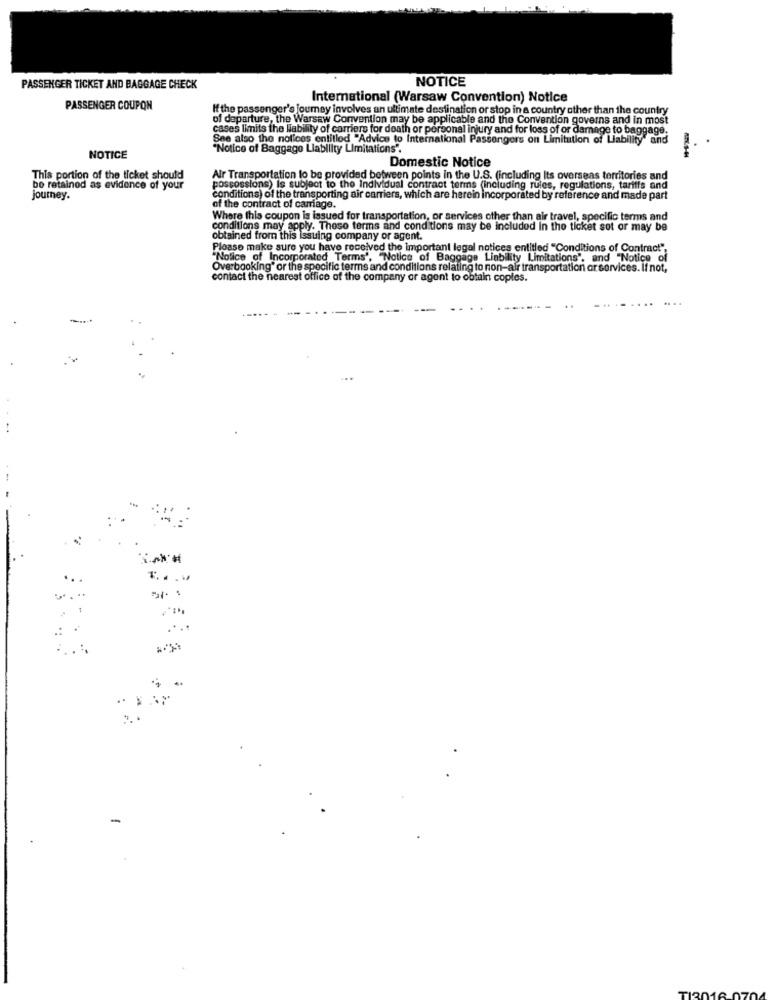
NOTICE
PASSENGER TICKET AND BAGGAGE CHECK
International (Warsaw Convention) Notice
PASSENGER COUPON
If the passenger's journey involves an ultimate destination or stop in a country other than the country
of departure, the Warsaw Convention may be applicable and the Convention governs and in most
cases limits the liability of carriers for death or personal injury and for loss of or damage to baggage.
See also the notices entitled "Advice to International Passengers on Limitation of Liability" and
"Notice of Baggage Liability Limitations".
NOTICE
Domestic Notice
This portion of the ticket should
Air Transportation to be provided between points in the U.S. (including Its overseas territories and
be retained as evidence of your
possossions) Is subject to the Individual contract terms (including rules, regulations, tariffs and
journey.
conditions) of the transporting air carriers, which are herein incorporated by reference and made part
of the contract of carriage.
Where this coupon is issued for transportation, or services other than air travel, specific terms and
conditions may apply. These terms and conditions may be included in the ticket sot or may be
obtained from this Issuing company or agent.
Please make sure you have received the important legal notices entitled "Conditions of Contract",
"Notice of Incorporated Terms', "Notice of Baggage Liability Limitations", and "Notice of
Overbooking" or the specific terms and conditions relating to non-air transportation ar services. If not,
contact the nearest office of the company or agent to obtain copies.
-